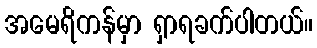
အမေရိကန်မှာ ရှာရခက်ပါတယ်။